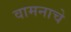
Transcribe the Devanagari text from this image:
वामनाचे